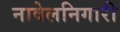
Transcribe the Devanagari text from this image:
नावेलनिगारी